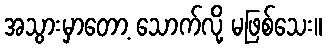
အသွားမှာတော့ သောက်လို့ မဖြစ်သေး။